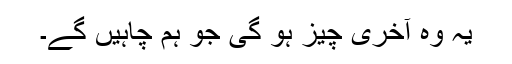
یہ وہ آخری چیز ہو گی جو ہم چاہیں گے۔